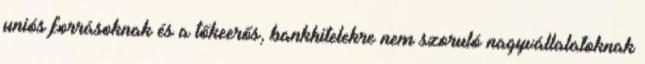
uniós forrásoknak és a tőkeerős, bankhitelekre nem szoruló nagyvállalatoknak